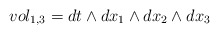
\begin{align*}vol_{1,3}=dt\wedge dx_{1}\wedge dx_{2}\wedge dx_{3}\end{align*}